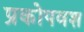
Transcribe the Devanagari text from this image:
प्रकोपवश